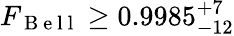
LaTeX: F_{\mathrm{~B~e~l~l~}}\geq 0.9985_{-12}^{+7}